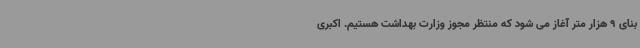
بنای 9 هزار متر آغاز می شود که منتظر مجوز وزارت بهداشت هستیم. اکبری